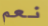
نعم